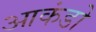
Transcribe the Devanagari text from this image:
आकंडो